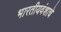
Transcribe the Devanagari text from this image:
भारतीयवंशाचे